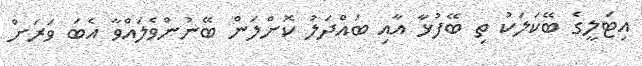
އިޓަލީގެ ބޭކަލަކު ތި ބޭފުޅާ އާއި ބައްދަލު ކޮށްލަން ބޭނުންވެލައްވާ އެބަ ވަރަށް